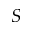
S